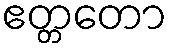
ဧတ္တတော